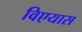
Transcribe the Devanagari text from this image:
विएयास